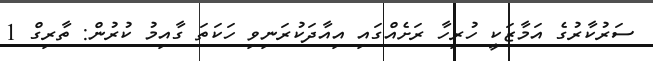
ސަރުކާރުގެ އަމާޒަކީ ހުރިހާ ރަށެއްގައި އިއާދަކުރަނިވި ހަކަތަ ގާއިމު ކުރުން: ތާރިގް 1